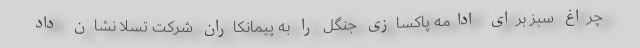
چراغ سبز برای ادامه پاکسازی جنگل را به پیمانکاران شرکت تسلا نشان داد